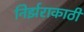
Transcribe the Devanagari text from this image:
निर्झराकाठी